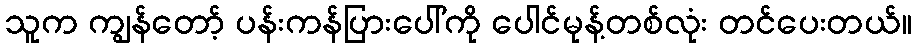
သူက ကျွန်တော့် ပန်းကန်ပြားပေါ်ကို ပေါင်မုန့်တစ်လုံး တင်ပေးတယ်။